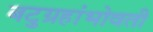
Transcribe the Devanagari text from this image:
बटुग्रहांभोवती